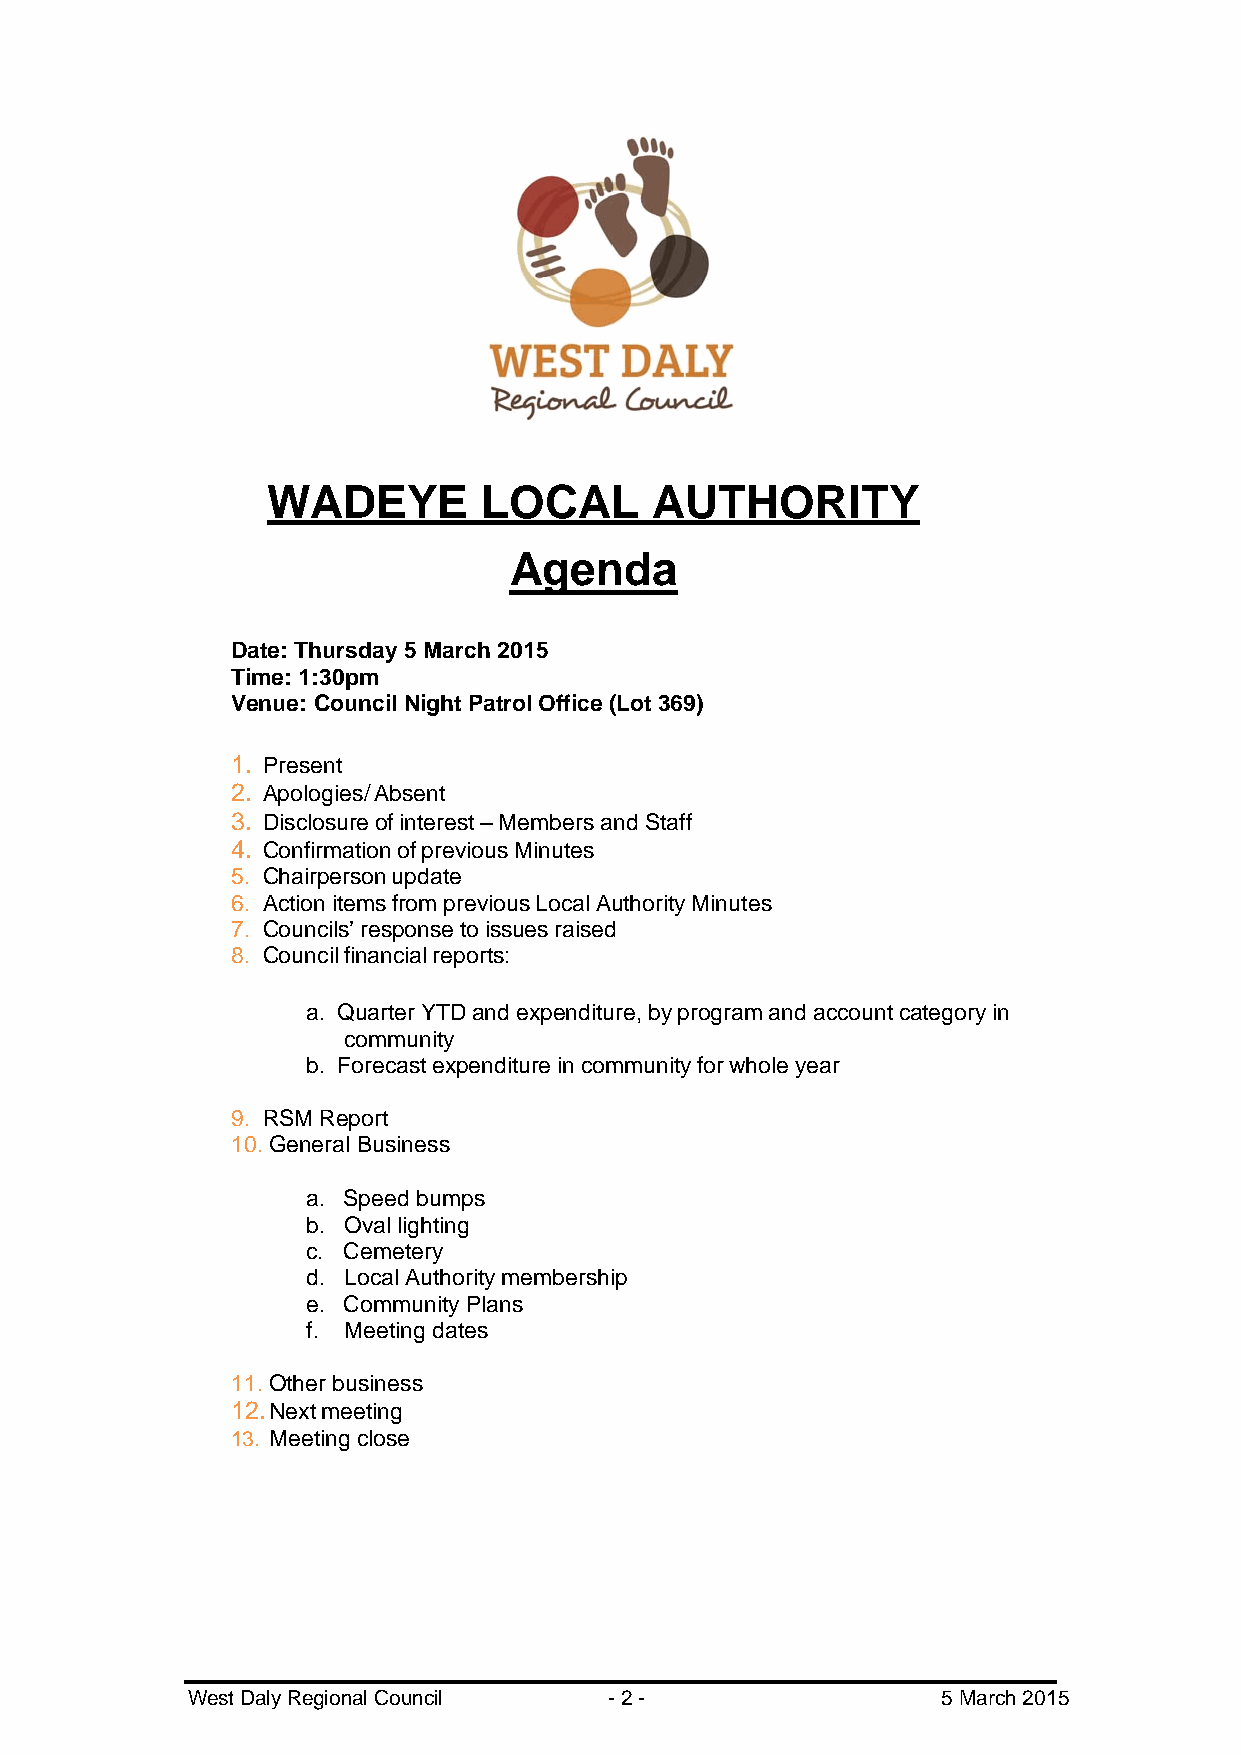
WADEYE        LOCAL      AUTHORITY
 Agenda
 Date: Thursday 5 March 2015
 Time: 1:30pm
 Venue: Council Night Patrol Office (Lot 369)
 1. Present
 2. Apologies/ Absent
 3. Disclosure of interest – Members and Staff
 4. Confirmation of previous Minutes
 5. Chairperson update
 6. Action items from previous Local Authority Minutes
 7. Councils’ response to issues raised
 8. Council financial reports:
 a. Quarter YTD and expenditure, by program and account category in
 community
 b. Forecast expenditure in community for whole year
 9. RSM Report
 10. General Business
 a. Speed bumps
 b. Oval lighting
 c. Cemetery
 d. Local Authority membership
 e. Community Plans
 f. Meeting dates
 11. Other business
 12. Next meeting
 13. Meeting close
 West Daly Regional Council  - 2 -                 5 March 2015